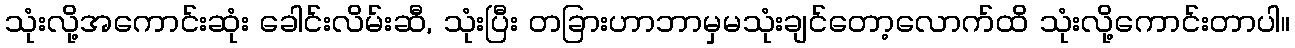
သုံးလို့အကောင်းဆုံး ခေါင်းလိမ်းဆီ, သုံးပြီး တခြားဟာဘာမှမသုံးချင်တော့လောက်ထိ သုံးလို့ကောင်းတာပါ။